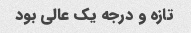
تازه و درجه یک عالی بود